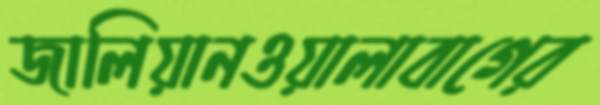
জালিয়ানওয়ালাবাগের